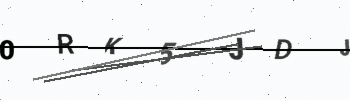
Text: 0RK5JDJ